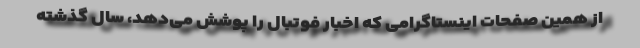
از همین صفحات اینستاگرامی که اخبار فوتبال را پوشش می‌دهد، سال گذشته